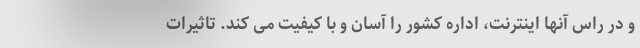
و در راس آنها اینترنت، اداره کشور را آسان و با کیفیت می کند. تاثیرات